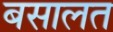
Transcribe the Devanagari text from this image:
बसालत